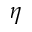
\eta